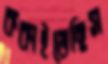
ককাইতেছিস